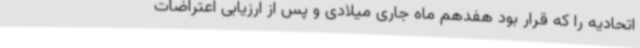
اتحادیه را که قرار بود هفدهم ماه جاری میلادی و پس از ارزیابی اعتراضات